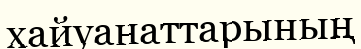
хайуанаттарының